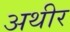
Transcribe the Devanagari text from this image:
अथीर